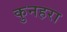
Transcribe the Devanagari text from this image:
कुनहरा